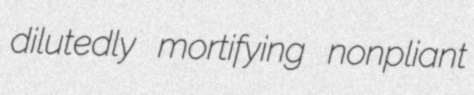
dilutedly mortifying nonpliant